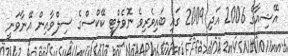
އޭޝިއާގެ 2006 އަދި 2009 ގައި ބައިވެރިވެ ނޮވެލްޓީ ކޭކްސްގެ ސިލްވާއިން އޭނާވަނީ